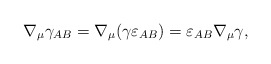
\begin{align*}\nabla _{\mu }\gamma _{AB}=\nabla _{\mu }(\gamma \varepsilon_{AB})=\varepsilon _{AB}\nabla _{\mu }\gamma , \end{align*}